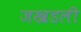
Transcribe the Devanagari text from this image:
जखडली